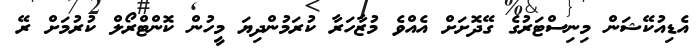
އެޑިއުކޭޝަން މިނިސްޓަރުގެ ގޭދޮށަށް އެއްވެ މުޒާހަރާ ކުރަމުންދިޔަ މީހުން ކޮންޓްރޯލް ކުރުމަށް ރޭ